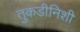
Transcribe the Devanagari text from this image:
तुकडीनिशी